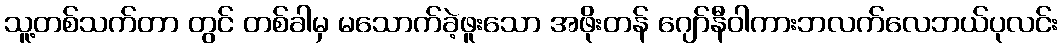
သူ့တစ်သက်တာ တွင် တစ်ခါမှ မသောက်ခဲ့ဖူးသော အဖိုးတန် ဂျော်နီဝါကားဘလက်လေဘယ်ပုလင်း